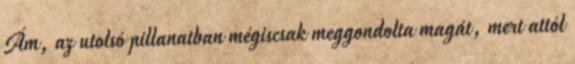
Ám, az utolsó pillanatban mégiscsak meggondolta magát, mert attól